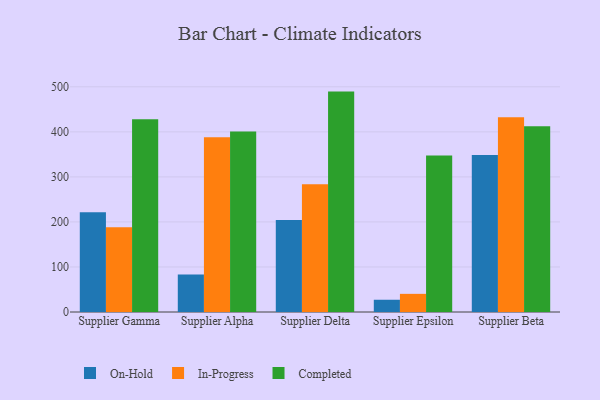
{"axis": {"x": "Supplier", "y": "Population (Million)"}, "legend": ["Completed", "In-Progress", "On-Hold"], "data": [{"x": "Supplier Gamma", "y": 221.7, "type": "On-Hold"}, {"x": "Supplier Gamma", "y": 188.4, "type": "In-Progress"}, {"x": "Supplier Gamma", "y": 427.8, "type": "Completed"}, {"x": "Supplier Alpha", "y": 83.1, "type": "On-Hold"}, {"x": "Supplier Alpha", "y": 388.1, "type": "In-Progress"}, {"x": "Supplier Alpha", "y": 401.0, "type": "Completed"}, {"x": "Supplier Delta", "y": 204.3, "type": "On-Hold"}, {"x": "Supplier Delta", "y": 283.5, "type": "In-Progress"}, {"x": "Supplier Delta", "y": 489.4, "type": "Completed"}, {"x": "Supplier Epsilon", "y": 27.2, "type": "On-Hold"}, {"x": "Supplier Epsilon", "y": 40.3, "type": "In-Progress"}, {"x": "Supplier Epsilon", "y": 347.3, "type": "Completed"}, {"x": "Supplier Beta", "y": 348.8, "type": "On-Hold"}, {"x": "Supplier Beta", "y": 432.5, "type": "In-Progress"}, {"x": "Supplier Beta", "y": 412.5, "type": "Completed"}]}